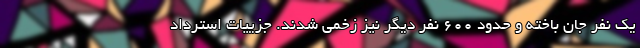
یک نفر جان باخته و حدود 600 نفر دیگر نیز زخمی شدند. جزییات استرداد